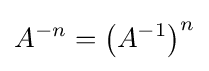
A^{-n}=\left(A^{-1}\right)^{n}